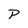
Character: P